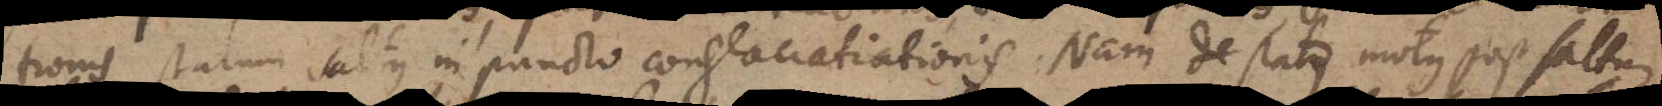
tionis, statum saltus in puncto conglaciationis. Nam de status motus post saltum